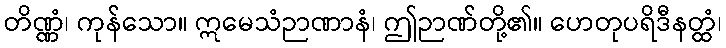
တိဏ္ဏံ၊ ကုန်သော။ ဣမေသံဉာဏာနံ၊ ဤဉာဏ်တို့၏။ ဟေတုပရိဒီနတ္ထံ၊